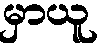
မှာယူ